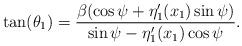
LaTeX: \begin{align*}\tan(\theta_1) = \frac{\beta(\cos\psi + \eta_1'(x_1)\sin\psi)}{\sin\psi - \eta_1'(x_1)\cos\psi}.\end{align*}